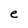
Character: e